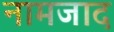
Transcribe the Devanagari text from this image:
नामजाद